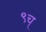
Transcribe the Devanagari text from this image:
९च्